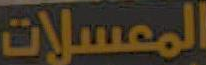
المعسلات